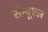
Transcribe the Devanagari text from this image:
सैम्यूएल